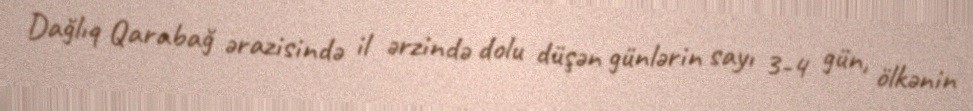
Dağlıq Qarabağ ərazisində il ərzində dolu düşən günlərin sayı 3-4 gün, ölkənin